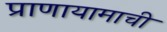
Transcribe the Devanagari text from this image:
प्राणायामाची